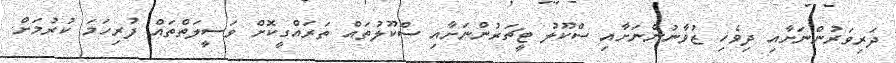
ދަރިވަރުންނަށާއި ދިވެހި ޒުވާނުންނަށާއި ސްކޫލު ޓީޗަރުންނަށާއި ސްކޫލުތައް ތަރައްގީކޮށް ވަސީލަތްތައް ފުރިހަމަ ކުރުމަށް